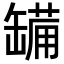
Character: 𮉷